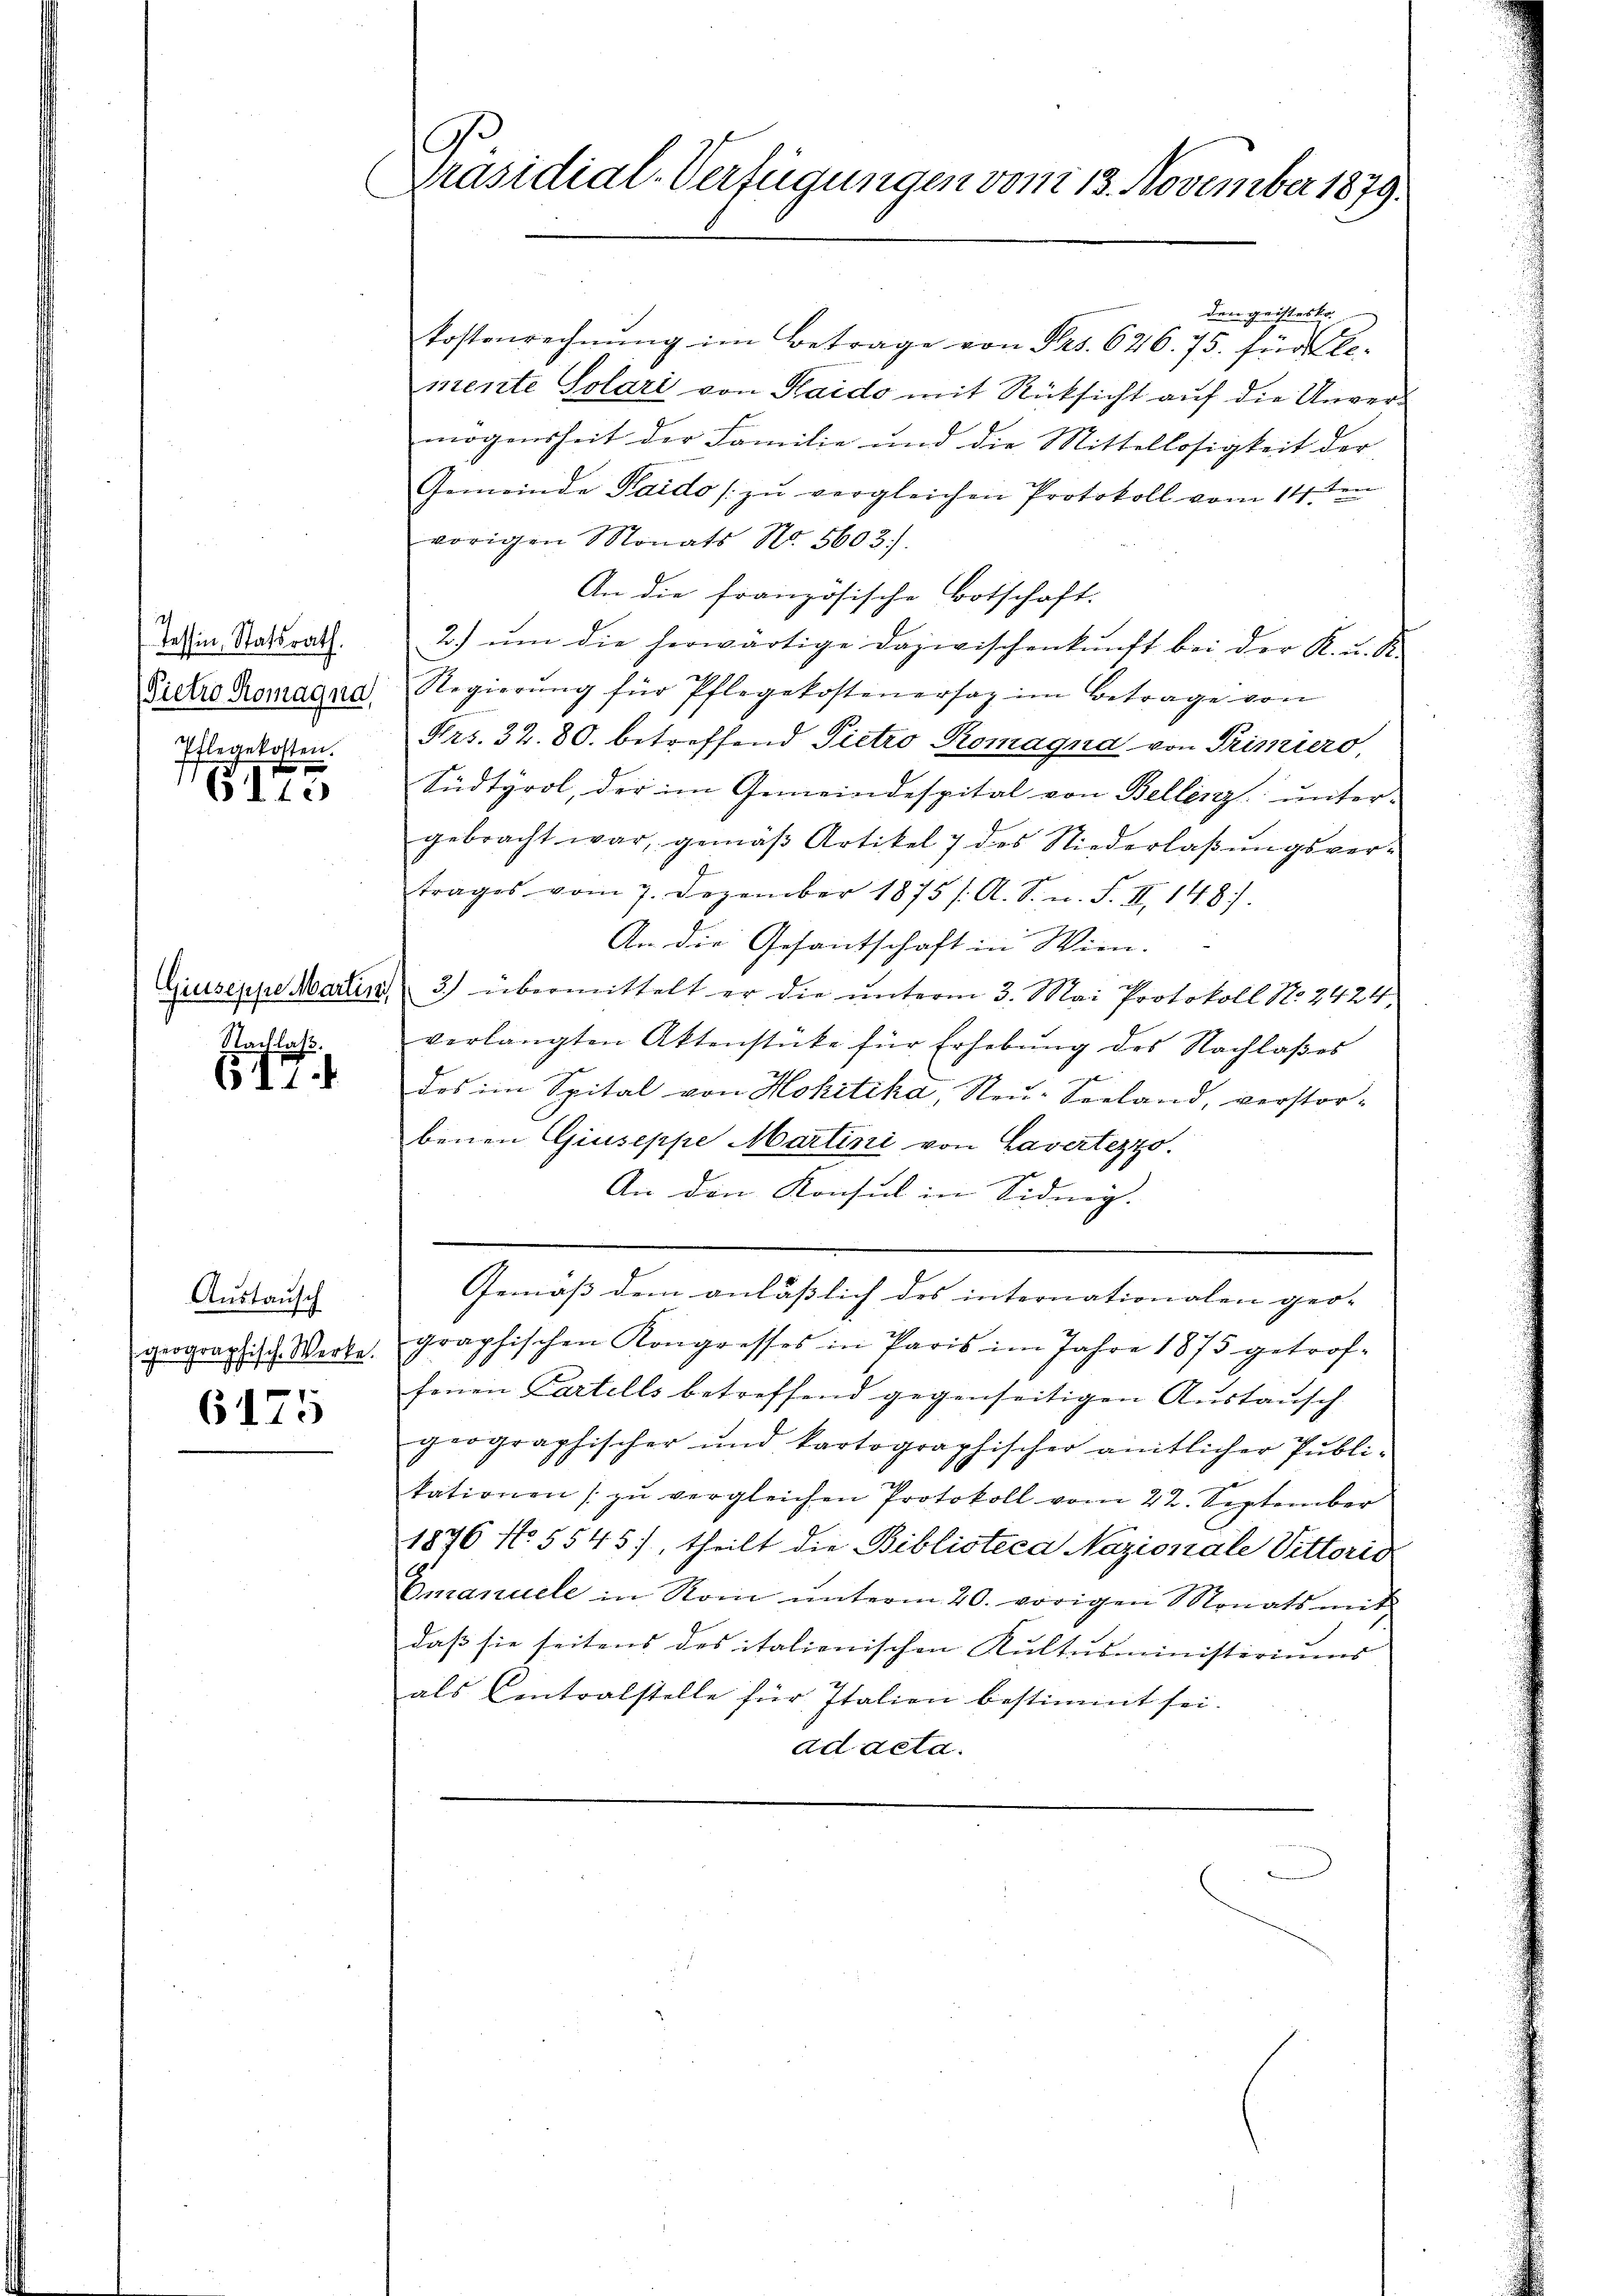
Tessin, Statsrath.
Pietro Romagna
Pflegekotten.
f

6110

Nachlass.

611.

Austausch
geographisch. Werke.

6175

A
Präsidial-Verfügungen vom 13. November 1879.

den geisteskr
kostenrechnŭng im Betrage von Frs. 626. 75. für Ele-
mente Solari von Haido mit Rücksicht auf die Unvermögensheit der Familie und die Mittellosigkeit der
Gemeinde Plaido zŭ vergleichen Protokoll vom 11ten
vorigen Monats No. 5603).
An die französische Botschaft.
2) ŭm die herwärtige Dazwischenkunft bei der K. u. K
Regierŭng für Pflegekostenersaz im Betrage von
Frs. 32. 80. betreffend Pietro Romagna von Trimiers,
Südtyrol, der im Gemeindespital von Bellen unter-
gebracht war, gemäß Artikel 7 des Niederlaßungsvertrages vom 7. Dezember 1875 /: A. S. n. F. II 148).
An die Gesantschaft in Wien.
Giuseppe Marlin, 3.) übermittelt er die ŭnterm 3. Mai Protokoll No 2424,
verlangten Aktenstüke für Erhebŭng des Nachlaβes
des im Spital von Hohitika, Neu-Seeland, verstorbenen Giuseppe Martini von Lavertezzo.
An den Konsul in Sidney-
—
Gemäß dem anlässlich des internationalen geo-
graphischen Kongresses in Paris im Jahre 1875 getrof-
fenen Partells betreffend gegenseitigen Austausch
geographischer und kartographischer amtlicher Publi-
kationen (zu vergleichen Protokoll vom 22. September
1836 No. 5545, theilt die Biblioteca Nazionale Vittoris
Emanuele in Rom ŭnterm 20. vorigen Monatsmit-
daß sie seitens des italienischen Kultusministeriums
als Centralstelle für Italien bestimmt sei.
ad acta.